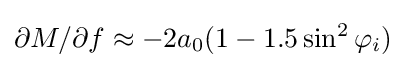
\partial M/\partial f\approx -2a_{0}(1-1.5\sin ^{2}\varphi _{i})